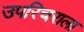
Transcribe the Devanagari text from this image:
उपरिचराला